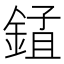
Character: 𨨃